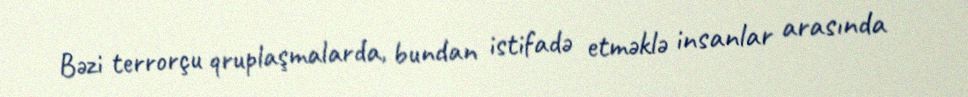
Bəzi terrorçu qruplaşmalarda, bundan istifadə etməklə insanlar arasında